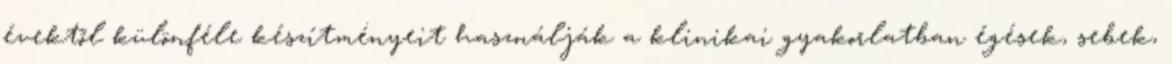
évektől különféle készítményeit használják a klinikai gyakorlatban égések, sebek,